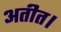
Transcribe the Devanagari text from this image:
अतीत।